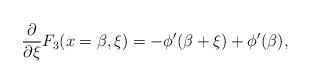
LaTeX: \begin{align*}\frac{\partial}{\partial\xi}F_3(x=\beta,\xi)=-\phi'(\beta+\xi)+\phi'(\beta),\end{align*}